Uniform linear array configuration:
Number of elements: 32
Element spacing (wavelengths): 1
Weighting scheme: exponential
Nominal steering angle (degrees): -60
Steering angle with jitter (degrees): -59.791
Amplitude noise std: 0.05
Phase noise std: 0.05

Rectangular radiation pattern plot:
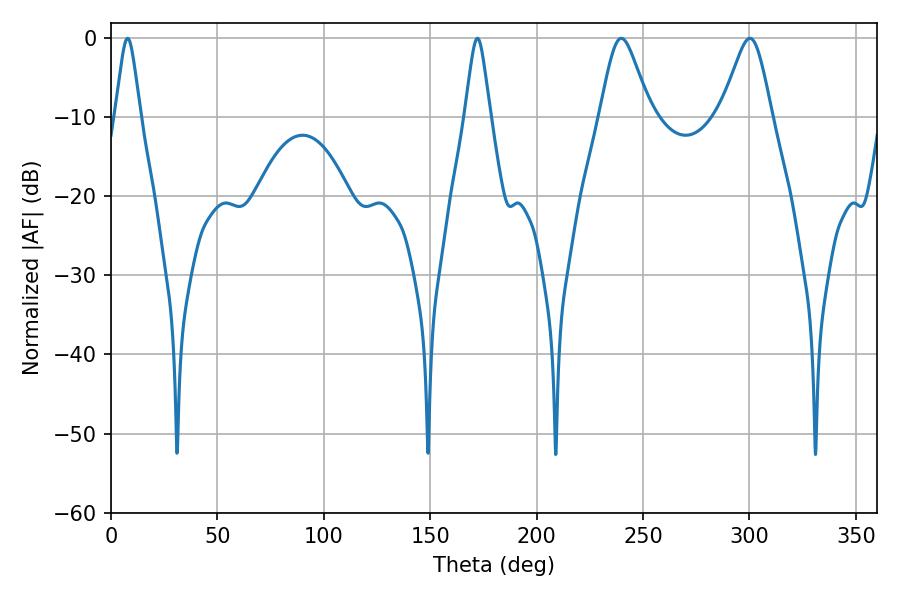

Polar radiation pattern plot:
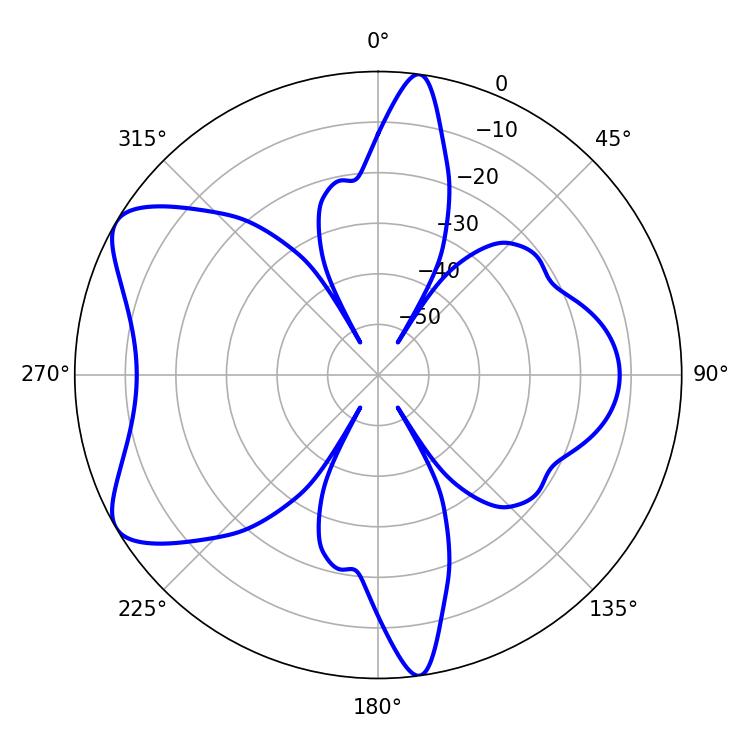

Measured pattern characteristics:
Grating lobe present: TRUE
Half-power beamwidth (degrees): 11.52
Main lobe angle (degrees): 239.76